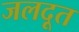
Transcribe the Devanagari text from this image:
जलदूत